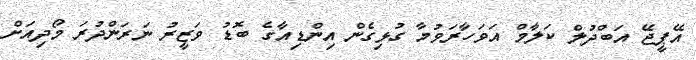
އޭޕީޖޭ އަބްދުލް ކަލާމް އަވަހާރަވުމާ ގުޅިގެން އިންޑިއާގެ ބޮޑު ވަޒީރު ނަރަންދުރަ މޯދިއަށް